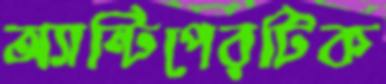
অ্যান্টিপেরটিক